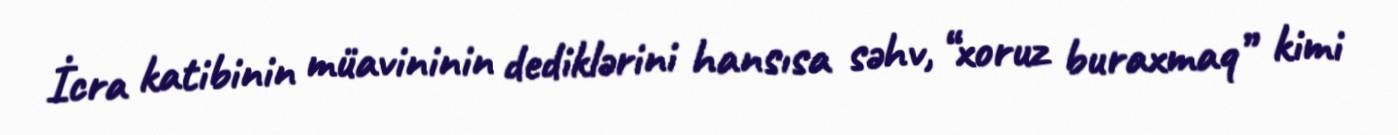
İcra katibinin müavininin dediklərini hansısa səhv, “xoruz buraxmaq” kimi